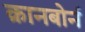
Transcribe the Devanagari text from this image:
क्रानबोर्न